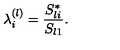
\lambda _ { i } ^ { ( l ) } = \frac { S _ { l i } ^ { * } } { S _ { l 1 } } .